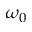
\omega _ { 0 }